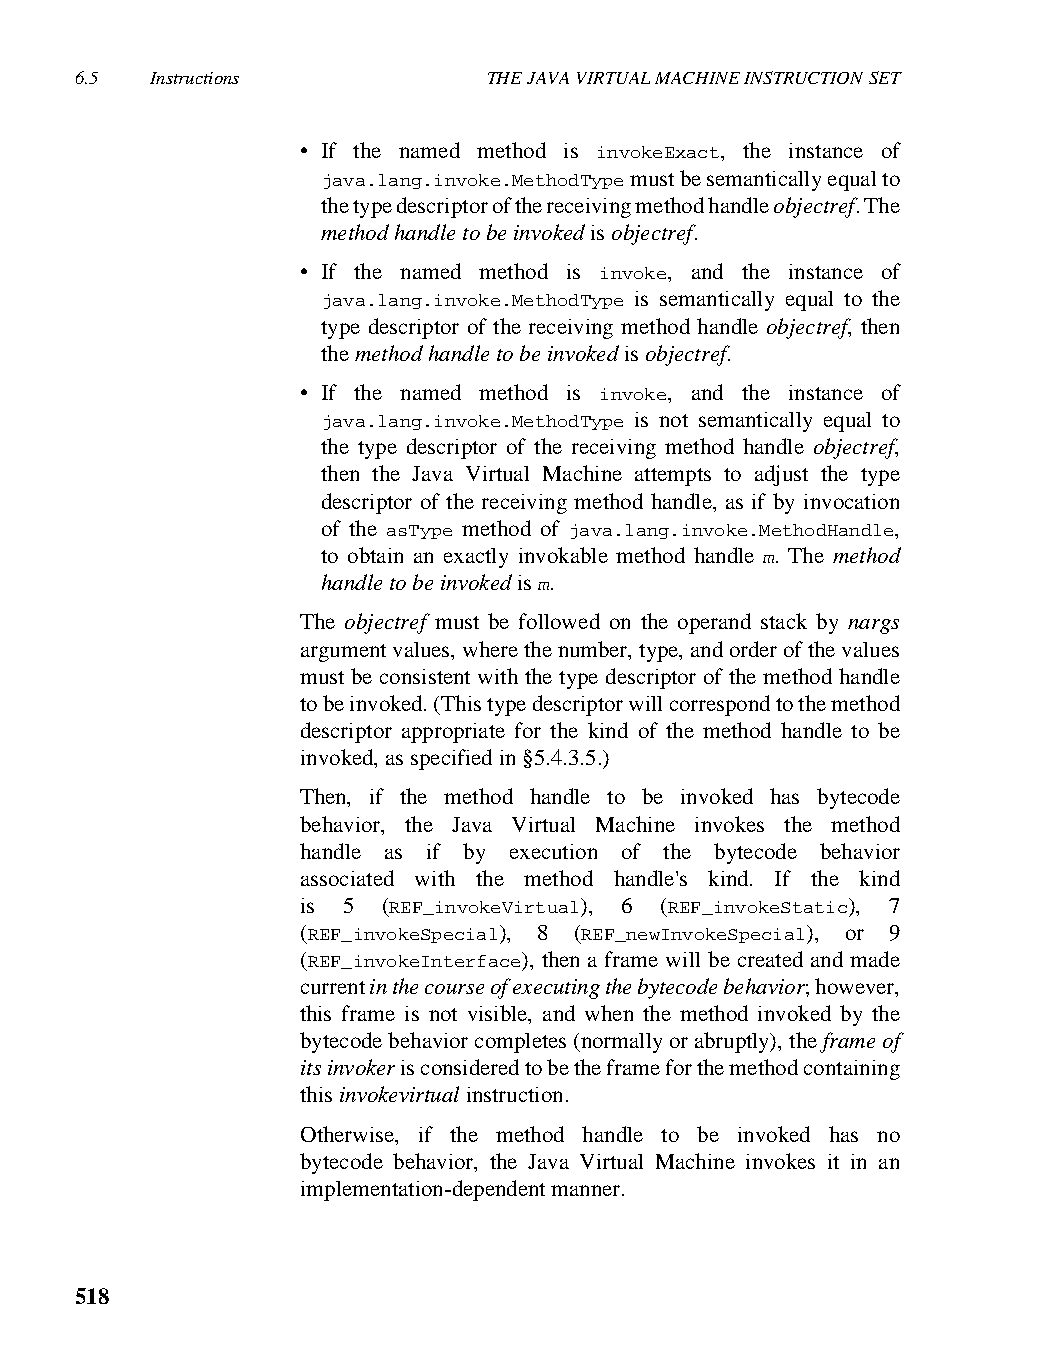
6.5  Instructions          THE JAVA VIRTUAL MACHINE INSTRUCTION SET
 • If the named method is invokeExact, the instance of
 java.lang.invoke.MethodType must be semantically equal to
 the type descriptor of the receiving method handle objectref. The
 method handle to be invoked is objectref.
 • If the named method is invoke, and the instance of
 java.lang.invoke.MethodType is semantically equal to the
 type descriptor of the receiving method handle objectref, then
 the method handle to be invoked is objectref.
 • If the named method is invoke, and the instance of
 java.lang.invoke.MethodType is not semantically equal to
 the type descriptor of the receiving method handle objectref,
 then the Java Virtual Machine attempts to adjust the type
 descriptor of the receiving method handle, as if by invocation
 of the asType method of java.lang.invoke.MethodHandle,
 to obtain an exactly invokable method handle m. The method
 handle to be invoked is m.
 The objectref must be followed on the operand stack by nargs
 argument values, where the number, type, and order of the values
 must be consistent with the type descriptor of the method handle
 to be invoked. (This type descriptor will correspond to the method
 descriptor appropriate for the kind of the method handle to be
 invoked, as specified in §5.4.3.5.)
 Then, if the method handle to be invoked has bytecode
 behavior, the Java Virtual Machine invokes the method
 handle as if by execution of the bytecode behavior
 associated with the method handle's kind. If the kind
 is 5 (REF_invokeVirtual), 6 (REF_invokeStatic), 7
 (REF_invokeSpecial), 8 (REF_newInvokeSpecial), or 9
 (REF_invokeInterface), then a frame will be created and made
 current in the course of executing the bytecode behavior; however,
 this frame is not visible, and when the method invoked by the
 bytecode behavior completes (normally or abruptly), the frame of
 its invoker is considered to be the frame for the method containing
 this invokevirtual instruction.
 Otherwise, if the method handle to be invoked has no
 bytecode behavior, the Java Virtual Machine invokes it in an
 implementation-dependent manner.
 518